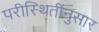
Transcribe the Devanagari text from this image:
परीस्थितीनुसार